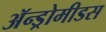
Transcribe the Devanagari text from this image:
ॲन्ड्रोमीडस